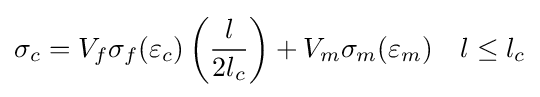
\sigma _{c}=V_{f}\sigma _{f}(\varepsilon _{c})\left({\frac {l}{2l_{c}}}\right)+V_{m}\sigma _{m}(\varepsilon _{m})\quad l\leq l_{c}